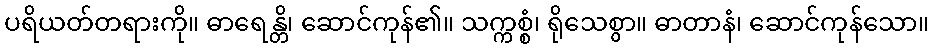
ပရိယတ်တရားကို။ ဓာရေန္တိ၊ ဆောင်ကုန်၏။ သက္ကစ္စံ၊ ရိုသေစွာ။ ဓာတာနံ၊ ဆောင်ကုန်သော။